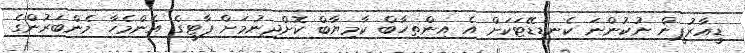
ޑީއާރުޕީން ނުކުންނަ ކެނޑިޑޭޓަކަށް އެ އިންތިހާބް ކާމިޔާބް ކޮށްދިނުމަށް ޕާޓީގެ އެންމެހާ މެންބަރުންގެ